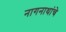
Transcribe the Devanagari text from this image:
नागनाथांचे